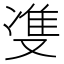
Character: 㕠